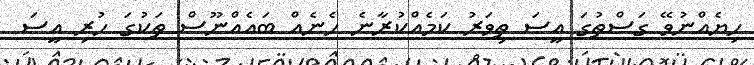
ހިޔެއްނުވޭ ގަސްތުގަ އީސަ ތިވަރު ކަމެއްކުރާނެ ހެނެއް ބައެއްނޫސް ތަކުގަ ހުރި އީސަ